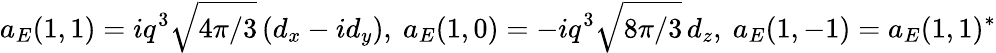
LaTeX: a_{E}(1,1)=iq^{3}\sqrt{4\pi/3}\, (d_{x}-id_{y}),\ a_{E}(1,0)=-iq^{3}\sqrt{8\pi/3}\, d_{z},\ a_{E}(1,-1)=a_{E}(1,1)^{*}